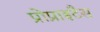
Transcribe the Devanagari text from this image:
प्रोप्राइटैस